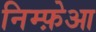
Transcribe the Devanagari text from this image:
निम्फ़ेआ